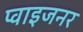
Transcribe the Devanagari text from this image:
प्वाइजनर